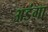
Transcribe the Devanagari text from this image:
अडंगा